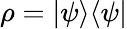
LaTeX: \rho=|\psi\rangle\langle\psi|